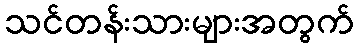
သင်တန်းသားများအတွက်